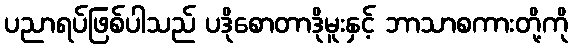
ပညာရပ်ဖြစ်ပါသည် ပဒိုစောတာဒိုမူးနှင့် ဘာသာစကားတို့ကို